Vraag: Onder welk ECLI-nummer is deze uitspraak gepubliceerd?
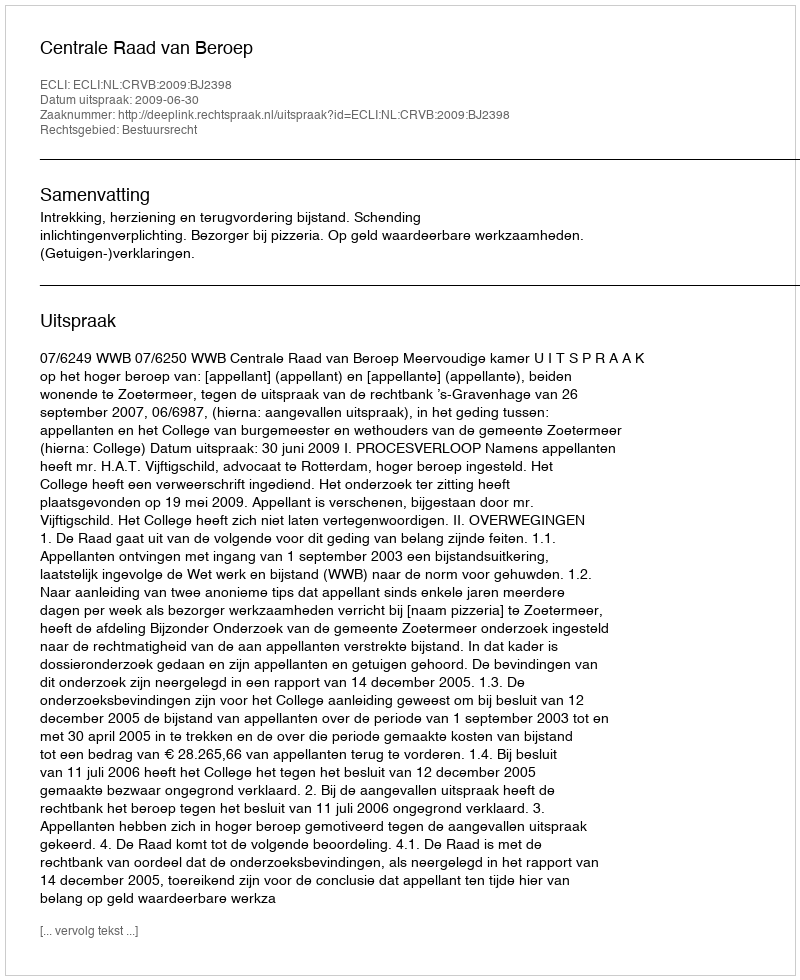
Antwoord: ECLI:NL:CRVB:2009:BJ2398